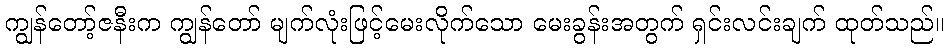
ကျွန်တော့်ဇနီးက ကျွန်တော် မျက်လုံးဖြင့်မေးလိုက်သော မေးခွန်းအတွက် ရှင်းလင်းချက် ထုတ်သည်။